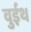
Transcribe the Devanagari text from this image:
वुईथ